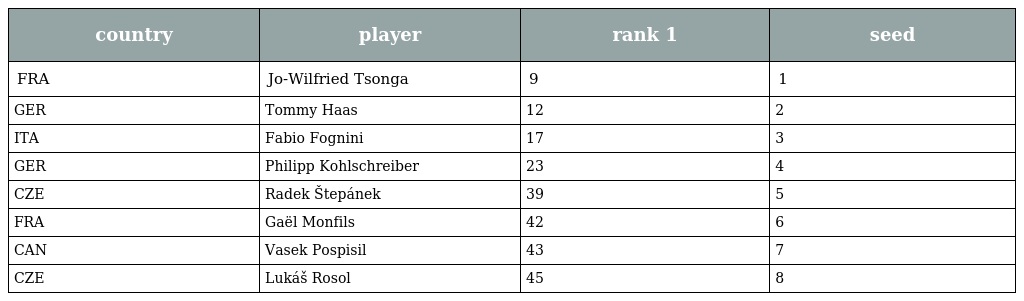
| country | player | rank 1 | seed |
 | --- | --- | --- | --- |
 | FRA | Jo-Wilfried Tsonga | 9 | 1 |
 | GER | Tommy Haas | 12 | 2 |
 | ITA | Fabio Fognini | 17 | 3 |
 | GER | Philipp Kohlschreiber | 23 | 4 |
 | CZE | Radek Štepánek | 39 | 5 |
 | FRA | Gaël Monfils | 42 | 6 |
 | CAN | Vasek Pospisil | 43 | 7 |
 | CZE | Lukáš Rosol | 45 | 8 |